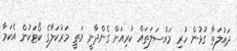
ދައުލަތާ ގުޅުން ހުރި މައްސަލަތައް ކުރިއަށް ގެންދާނީ މަތީ މަރުކަލާގެ ކޯޓަކުން އެކަމާ